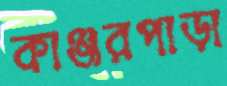
কাঞ্জরপাড়া